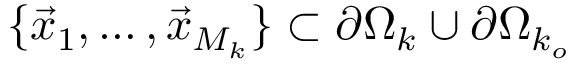
\{ \vec { x } _ { 1 } , \dots , \vec { x } _ { M _ { k } } \} \subset \partial \Omega _ { k } \cup \partial \Omega _ { k _ { o } }